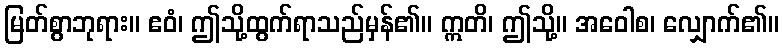
မြတ်စွာဘုရား။ ဧဝံ၊ ဤသို့ထွက်ရာသည်မှန်၏။ ဣတိ၊ ဤသို့။ အဝေါစ၊ လျှောက်၏။